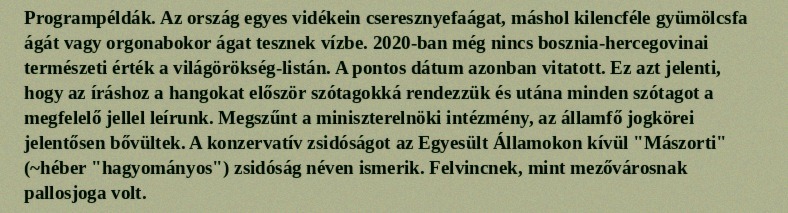
Programpéldák. Az ország egyes vidékein cseresznyefaágat, máshol kilencféle gyümölcsfa ágát vagy orgonabokor ágat tesznek vízbe. 2020-ban még nincs bosznia-hercegovinai természeti érték a világörökség-listán. A pontos dátum azonban vitatott. Ez azt jelenti, hogy az íráshoz a hangokat először szótagokká rendezzük és utána minden szótagot a megfelelő jellel leírunk. Megszűnt a miniszterelnöki intézmény, az államfő jogkörei jelentősen bővültek. A konzervatív zsidóságot az Egyesült Államokon kívül "Mászorti" (~héber "hagyományos") zsidóság néven ismerik. Felvincnek, mint mezővárosnak pallosjoga volt.